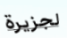
لجزيرة